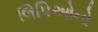
લિપિઓનો